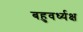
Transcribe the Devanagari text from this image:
बहुवर्ध्यक्ष